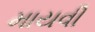
માયવી